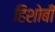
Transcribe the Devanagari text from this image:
हिशोबी